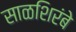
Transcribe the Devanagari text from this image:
साळशिरंबे